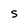
Character: S